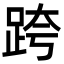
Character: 跨